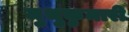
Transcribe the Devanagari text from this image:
मुथुकुमारी